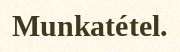
Munkatétel.